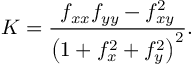
K = \frac { f _ { x x } f _ { y y } - f _ { x y } ^ { 2 } } { \left( 1 + f _ { x } ^ { 2 } + f _ { y } ^ { 2 } \right) ^ { 2 } } .